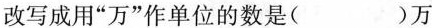
改写成用”万”作单位的数是（ ）万